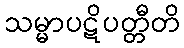
သမ္မာပဋိပတ္တီတိ